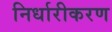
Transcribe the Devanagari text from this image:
निर्धारीकरण